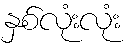
နှစ်လုံးလုံး